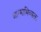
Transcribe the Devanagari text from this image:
आत्माभिव्यक्त